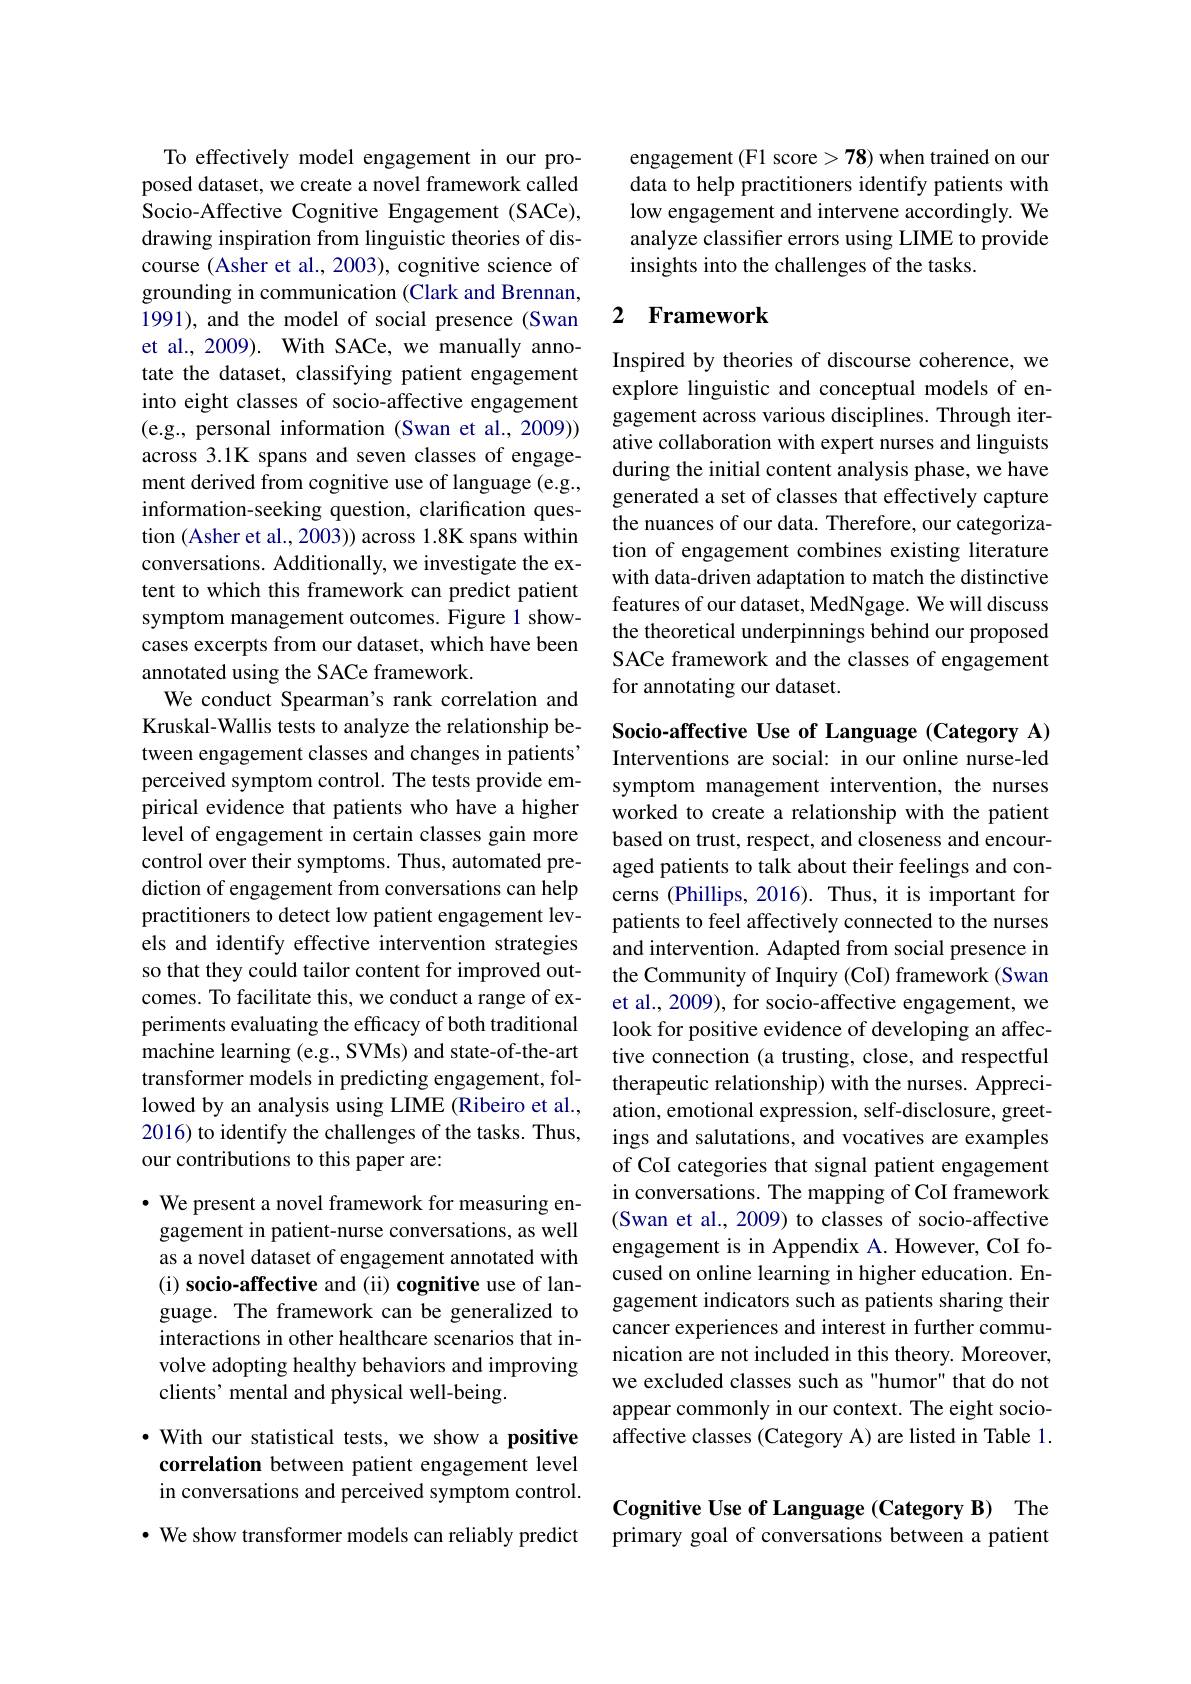
To effectively model engagement in our proposed dataset, we create a novel framework called Socio-Affective Cognitive Engagement (SACe), drawing inspiration from linguistic theories of discourse (Asher et al., 2003), cognitive science of grounding in communication (Clark and Brennan, 1991), and the model of social presence (Swan et al., 2009). With SACe, we manually annotate the dataset, classifying patient engagement into eight classes of socio-affective engagement (e.g., personal information (Swan et al.,2009)) across 3.1K spans and seven classes of engagement derived from cognitive use of language (e.g., information-seeking question, clarification question (Asher et al., 2003)) across 1.8K spans within conversations. Additionally, we investigate the extent to which this framework can predict patient symptom management outcomes. Figure 1 showcases excerpts from our dataset, which have been annotated using the SACe framework.
We conduct Spearman's rank correlation and Kruskal-Wallis tests to analyze the relationship between engagement classes and changes in patients' perceived symptom control. The tests provide empirical evidence that patients who have a higher level of engagement in certain classes gain more control over their symptoms. Thus, automated prediction of engagement from conversations can help practitioners to detect low patient engagement levels and identify effective intervention strategies so that they could tailor content for improved outcomes. To facilitate this, we conduct a range of experiments evaluating the efficacy of both traditional machine learning (e.g., SVMs) and state-of-the-art transformer models in predicting engagement, followed by an analysis using LIME (Ribeiro et al., 2016) to identify the challenges of the tasks. Thus, our contributions to this paper are:

$\cdot$ We present a novel framework for measuring engagement in patient-nurse conversations, as well as a novel dataset of engagement annotated with (i) socio-affective and (ii) cognitive use of language. The framework can be generalized to interactions in other healthcare scenarios that involve adopting healthy behaviors and improving clients' mental and physical well-being.

$\cdot$ With our statistical tests, we show a positive correlation between patient engagement level in conversations and perceived symptom control.

· We show transformer models can reliably predict

engagement (F1 score >78) when trained on our data to help practitioners identify patients with low engagement and intervene accordingly. We analyze classifier errors using LIME to provide insights into the challenges of the tasks.

## 2 Framework

Inspired by theories of discourse coherence, we explore linguistic and conceptual models of engagement across various disciplines. Through iterative collaboration with expert nurses and linguists during the initial content analysis phase, we have generated a set of classes that effectively capture the nuances of our data. Therefore, our categorization of engagement combines existing literature with data-driven adaptation to match the distinctive features of our dataset, MedNgage. We will discuss the theoretical underpinnings behind our proposed SACe framework and the classes of engagement for annotating our dataset.

Socio-affective Use of Language (Category A) Interventions are social: in our online nurse-led symptom management intervention, the nurses worked to create a relationship with the patient based on trust, respect, and closeness and encouraged patients to talk about their feelings and concerns (Phillips, 2016). Thus, it is important for patients to feel affectively connected to the nurses and intervention. Adapted from social presence in the Community of Inquiry (CoI) framework (Swan et al., 2009), for socio-affective engagement, we look for positive evidence of developing an affective connection (a trusting, close, and respectful therapeutic relationship) with the nurses. Appreciation, emotional expression, self-disclosure, greetings and salutations, and vocatives are examples of CoI categories that signal patient engagement in conversations. The mapping of CoI framework (Swan et al., 2009) to classes of socio-affective engagement is in Appendix A. However, CoI focused on online learning in higher education. Engagement indicators such as patients sharing their cancer experiences and interest in further communication are not included in this theory. Moreover, we excluded classes such as "humor" that do not appear commonly in our context. The eight socioaffective classes (Category A) are listed in Table 1.

## Cognitive Use of Language (Category B) The primary goal of conversations between a patient